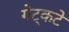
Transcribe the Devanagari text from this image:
गेट्कटे